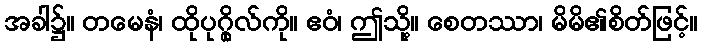
အခါ၌။ တမေနံ၊ ထိုပုဂ္ဂိုလ်ကို။ ဧဝံ၊ ဤသို့။ စေတဿာ၊ မိမိ၏စိတ်ဖြင့်။